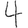
Digit: 4